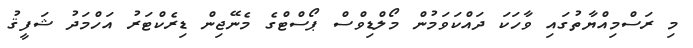
މި ރަސްމިއްޔާތުގައި ވާހަކަ ދައްކަވަމުން މޯލްޑިވްސް ޕޯސްޓްގެ މެނޭޖިން ޑިރެކްޓަރު އަހްމަދު ޝަފީޤު